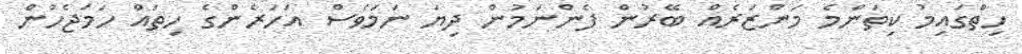
ހިތްގައިމު ކިތަންމެ މަންޒަރެއް ބޭރުން ފެންނަމުން ދިޔަ ނަމަވެސް އަހަރެންގެ ހިތައް ހަމަޖެހުން